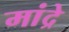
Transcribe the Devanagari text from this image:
मांद्रे